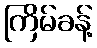
ကြိမ်ခန့်